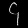
Digit: ၄